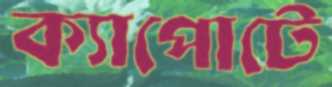
ক্যাপোটে